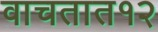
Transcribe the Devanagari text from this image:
वाचतात१२